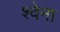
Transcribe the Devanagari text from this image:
श्वेना